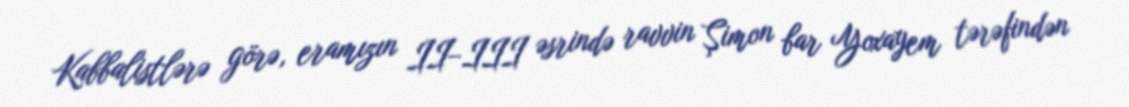
Kabbalistlərə görə, eramızın II–III əsrində ravvin Şimon bar Yoxayem tərəfindən